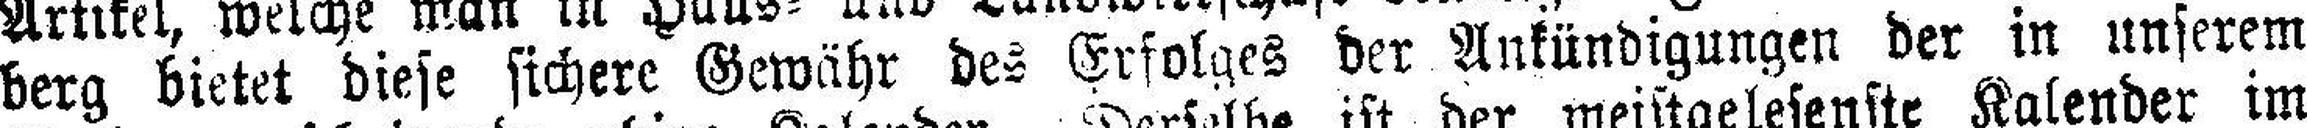
berg bietet diese sichere Gewähr des Erfolges der Ankündigungen der in unserem